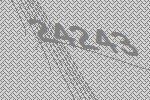
24243